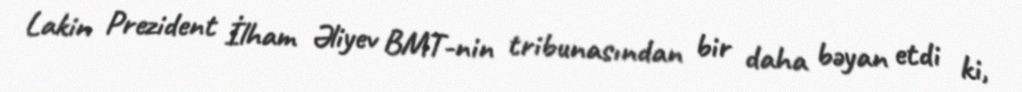
Lakin Prezident İlham Əliyev BMT-nin tribunasından bir daha bəyan etdi ki,